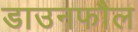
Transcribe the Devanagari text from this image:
डाउनफौल